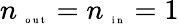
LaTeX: n_{\mathrm{~\tiny~o~u~t~}}=n_{\mathrm{~\tiny~i~n~}}=1